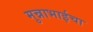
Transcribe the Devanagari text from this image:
मुन्नाभाईचा